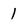
Character: 1